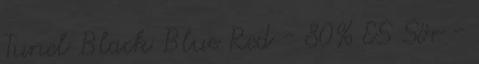
Tunel Black Blue Red - 80% ES Sör -